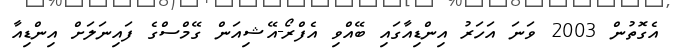
އެގޮތުން 2003 ވަނަ އަހަރު އިންޑިއާގައި ބޭއްވި އެފްރޯ-އޭޝިއަން ގޭމްސްގެ ފައިނަލަށް އިންޑިއާ